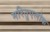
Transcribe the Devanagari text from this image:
मरितुएलोक